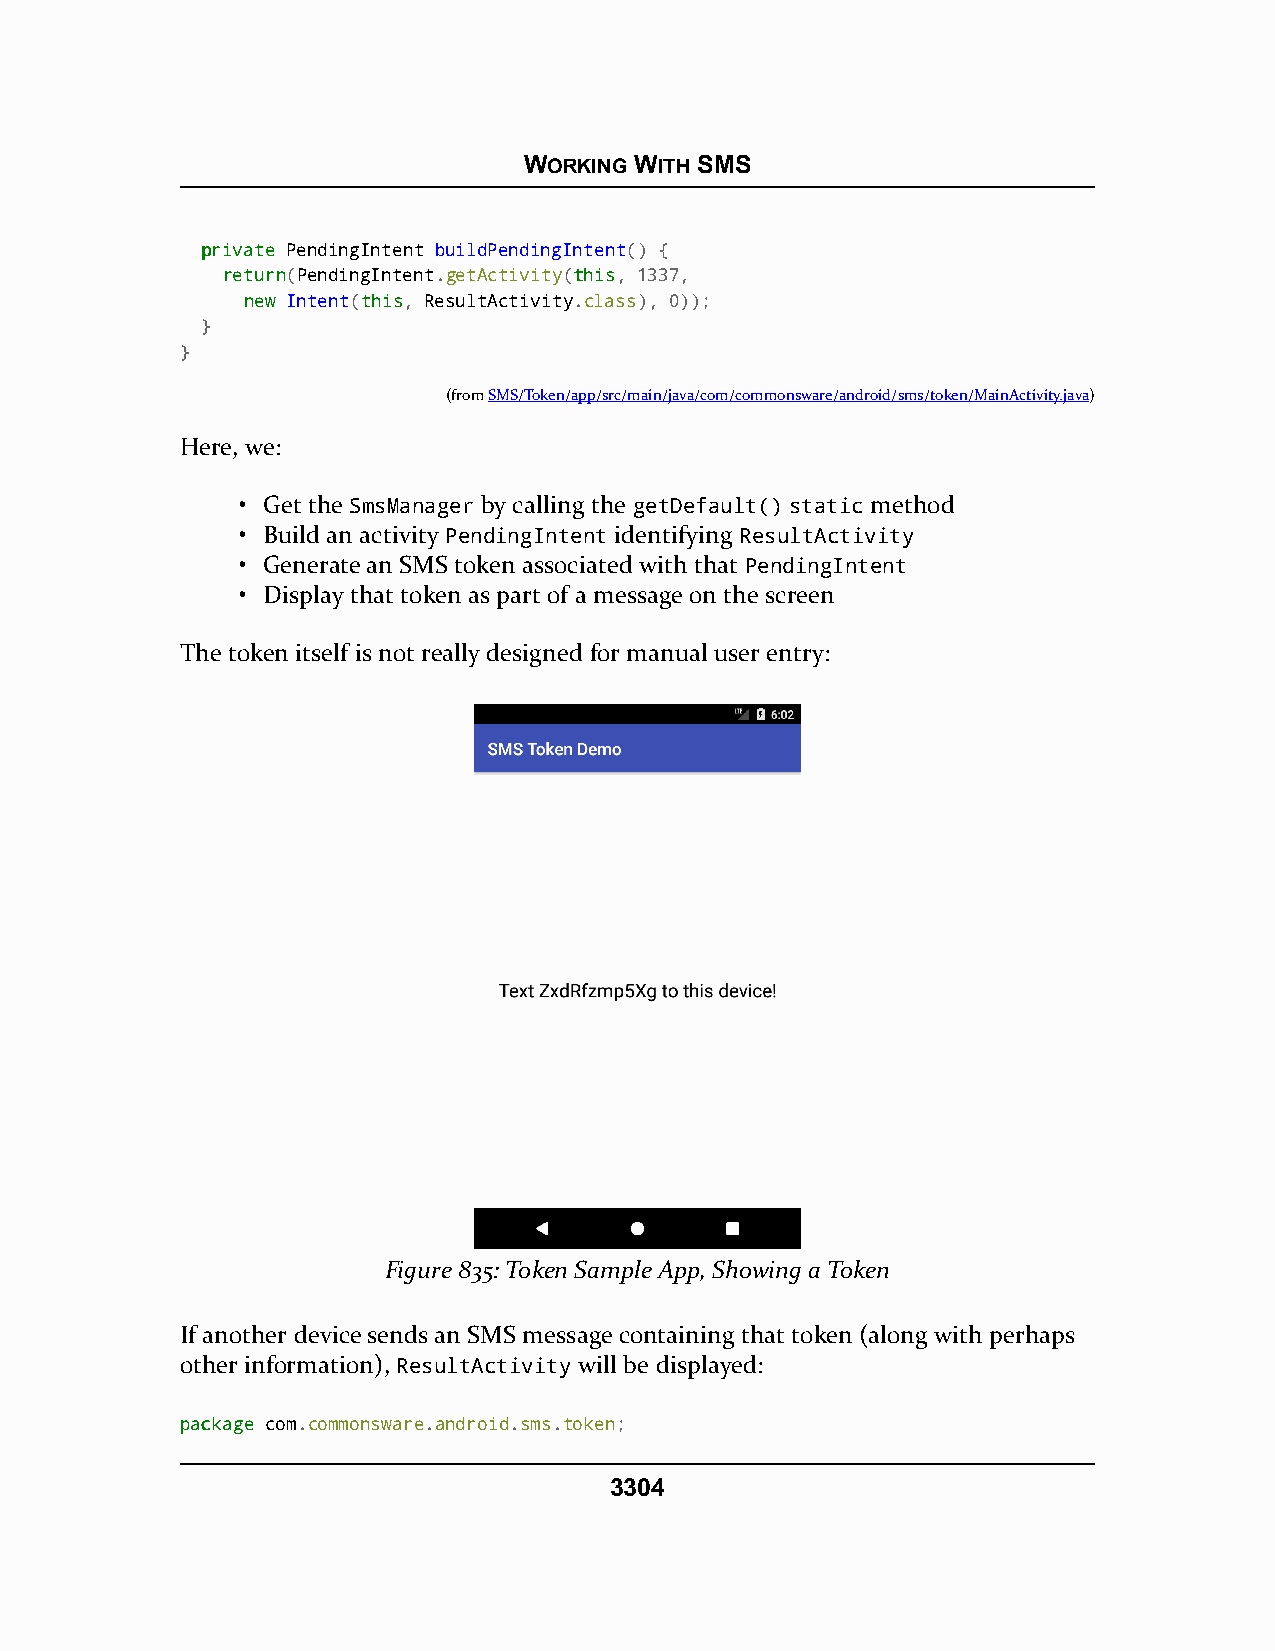
WORKING WITH SMS
 pprriivvaattee PendingIntent buildPendingIntent() {
 rreettuurrnn(PendingIntent.getActivity(tthhiiss, 1337,
 nneeww Intent(tthhiiss, ResultActivity.class), 0));
 }
 }
 (fromSMS/Token/app/src/main/java/com/commonsware/android/sms/token/MainActivity.java)
 Here, we:
 • Get the SmsManager by calling the getDefault() static method
 • Build an activity PendingIntent identifying ResultActivity
 • Generate an SMS token associated with that PendingIntent
 • Display that token as part of a message on the screen
 The token itself is not really designed for manual user entry:
 Figure 835: Token Sample App, Showing a Token
 If another device sends an SMS message containing that token (along with perhaps
 other information), ResultActivity will be displayed:
 ppaacckkaaggee com.commonsware.android.sms.token;
 3304